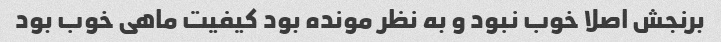
برنجش اصلا خوب نبود و به نظر مونده بود کیفیت ماهی خوب بود